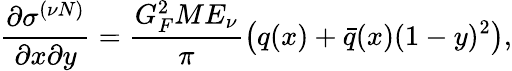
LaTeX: \frac{\partial\sigma^{(\nu N)}}{\partial x\partial y}=\frac{G_{F}^{2}ME_{\nu}}{\pi}\left(q(x)+\bar{q}(x)(1-y)^{2}\right),